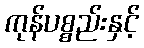
ကုန်ပစ္စည်းနှင့်